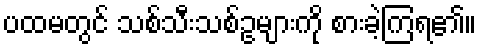
ပထမတွင် သစ်သီးသစ်ဥများကို စားခဲ့ကြရ၏။